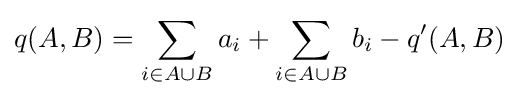
q(A,B)=\sum _{i\in A\cup B}a_{i}+\sum _{i\in A\cup B}b_{i}-q'(A,B)